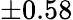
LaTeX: \pm 0.58